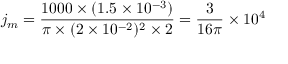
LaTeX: j _ { m } = { \frac { 1 0 0 0 \times ( 1 . 5 \times 1 0 ^ { - 3 } ) } { \pi \times ( 2 \times 1 0 ^ { - 2 } ) ^ { 2 } \times 2 } } = { \frac { 3 } { 1 6 \pi } } \times 1 0 ^ { 4 }